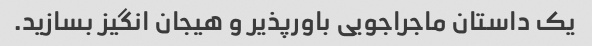
یک داستان ماجراجویی باورپذیر و هیجان انگیز بسازید.